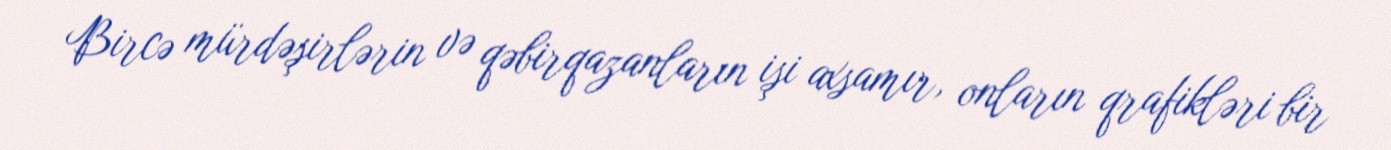
Bircə mürdəşirlərin və qəbirqazanların işi axsamır, onların qrafikləri bir